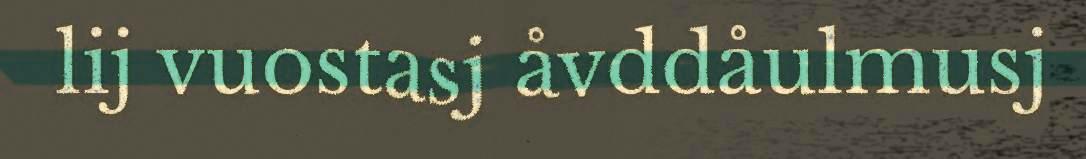
lij vuostasj åvddåulmusj